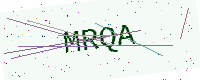
Text: MRQA